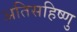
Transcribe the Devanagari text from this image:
अतिसहिष्णु